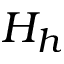
H _ { h }